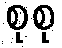
စုစု